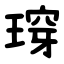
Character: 瑏